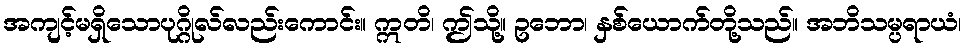
အကျင့်မရှိသောပုဂ္ဂိုလ်လည်းကောင်း။ ဣတိ၊ ဤသို့။ ဥဘော၊ နှစ်ယောက်တို့သည်။ အဘိသမ္ပရာယံ၊